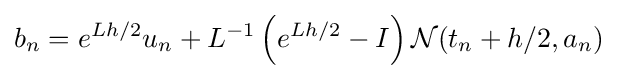
b_{n}=e^{Lh/2}u_{n}+L^{-1}\left(e^{Lh/2}-I\right){\mathcal {N}}(t_{n}+h/2,a_{n})